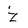
Character: z